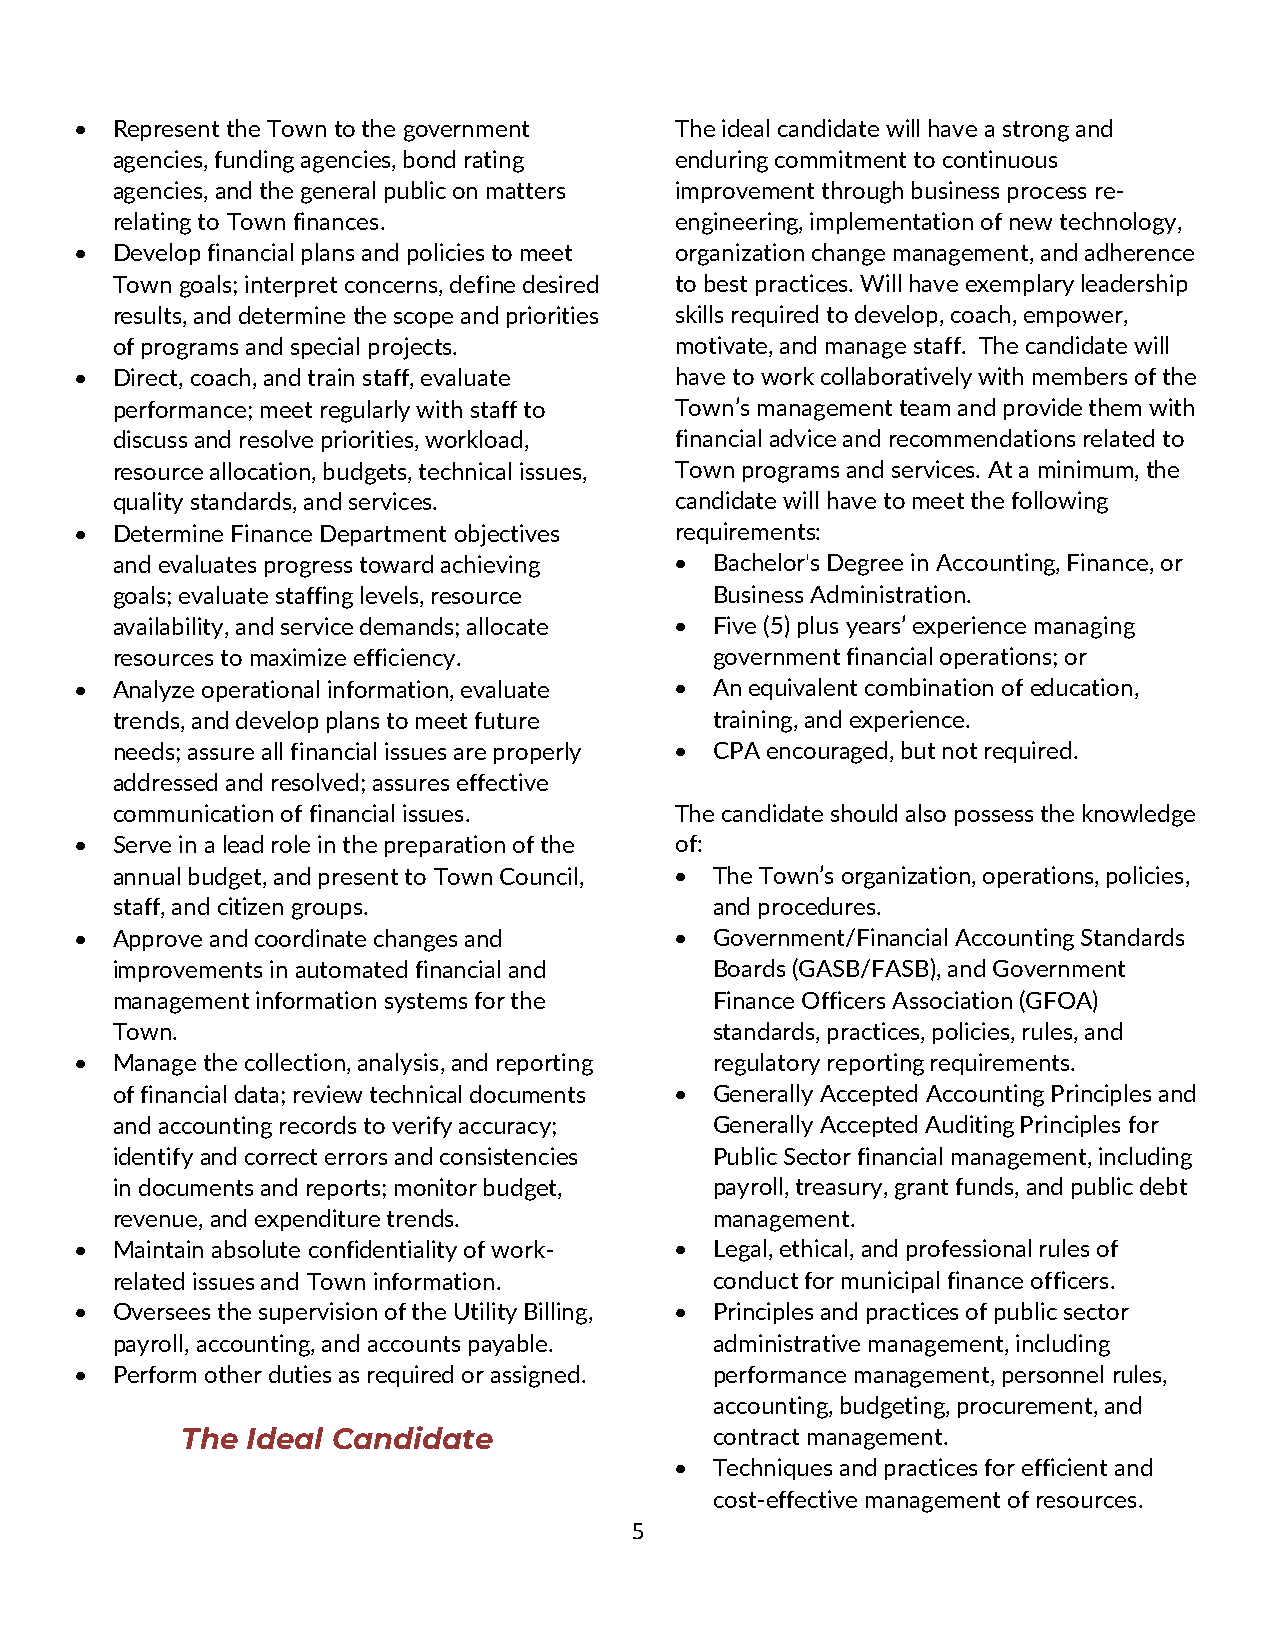
• Represent the Town to the government  The ideal candidate will have a strong and
 agencies, funding agencies, bond rating enduring commitment to continuous
 agencies, and the general public on matters improvement through business process re-
 relating to Town finances.            engineering, implementation of new technology,
 • Develop financial plans and policies to meet organization change management, and adherence
 Town goals; interpret concerns, define desired to best practices. Will have exemplary leadership
 results, and determine the scope and priorities skills required to develop, coach, empower,
 of programs and special projects.     motivate, and manage staff. The candidate will
 • Direct, coach, and train staff, evaluate have to work collaboratively with members of the
 performance; meet regularly with staff to Town’s management team and provide them with
 discuss and resolve priorities, workload, financial advice and recommendations related to
 resource allocation, budgets, technical issues, Town programs and services. At a minimum, the
 quality standards, and services.      candidate will have to meet the following
 • Determine Finance Department objectives requirements:
 and evaluates progress toward achieving • Bachelor's Degree in Accounting, Finance, or
 goals; evaluate staffing levels, resource Business Administration.
 availability, and service demands; allocate • Five (5) plus years’ experience managing
 resources to maximize efficiency.       government financial operations; or
 • Analyze operational information, evaluate • An equivalent combination of education,
 trends, and develop plans to meet future training, and experience.
 needs; assure all financial issues are properly • CPA encouraged, but not required.
 addressed and resolved; assures effective
 communication of financial issues.    The candidate should also possess the knowledge
 • Serve in a lead role in the preparation of the of:
 annual budget, and present to Town Council, • The Town’s organization, operations, policies,
 staff, and citizen groups.              and procedures.
 • Approve and coordinate changes and    • Government/Financial Accounting Standards
 improvements in automated financial and Boards (GASB/FASB), and Government
 management information systems for the  Finance Officers Association (GFOA)
 Town.                                   standards, practices, policies, rules, and
 • Manage the collection, analysis, and reporting regulatory reporting requirements.
 of financial data; review technical documents • Generally Accepted Accounting Principles and
 and accounting records to verify accuracy; Generally Accepted Auditing Principles for
 identify and correct errors and consistencies Public Sector financial management, including
 in documents and reports; monitor budget, payroll, treasury, grant funds, and public debt
 revenue, and expenditure trends.        management.
 • Maintain absolute confidentiality of work- • Legal, ethical, and professional rules of
 related issues and Town information.    conduct for municipal finance officers.
 • Oversees the supervision of the Utility Billing, • Principles and practices of public sector
 payroll, accounting, and accounts payable. administrative management, including
 • Perform other duties as required or assigned. performance management, personnel rules,
 accounting, budgeting, procurement, and
 The Ideal Candidate                contract management.
 • Techniques and practices for efficient and
 cost-effective management of resources.
 5